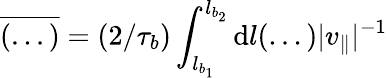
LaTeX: \overline{{(...)}}=(2/\tau_{b})\int_{l_{b_{1}}}^{l_{b_{2}}}\mathrm{d}l(...)|v_{\parallel}|^{-1}